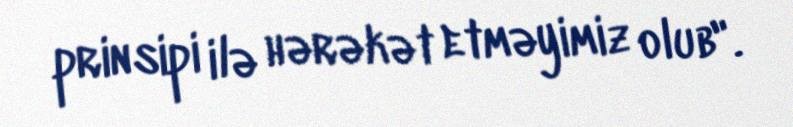
prinsipi ilə hərəkət etməyimiz olub".